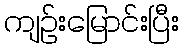
ကျဉ်းမြောင်းပြီး